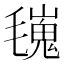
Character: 𣰏